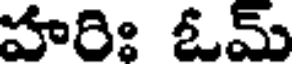
హరిః ఓమ్